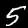
Digit: 5